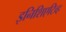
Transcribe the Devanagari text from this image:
इनिशिएटिव्ह